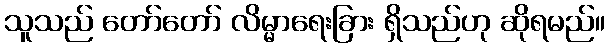
သူသည် တော်တော် လိမ္မာရေးခြား ရှိသည်ဟု ဆိုရမည်။